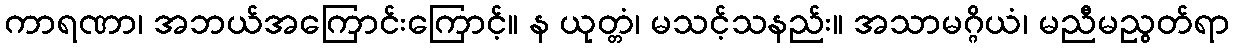
ကာရဏာ၊ အဘယ်အကြောင်းကြောင့်။ န ယုတ္တံ၊ မသင့်သနည်း။ အသာမဂ္ဂိယံ၊ မညီမညွတ်ရာ